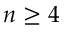
n \ge 4